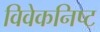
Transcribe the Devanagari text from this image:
विवेकनिष्ट